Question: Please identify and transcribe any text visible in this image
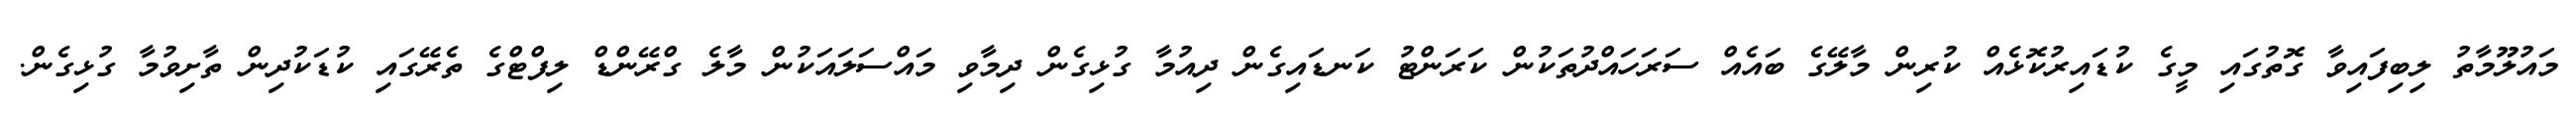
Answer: މައުލޫމާތު ލިބިފައިވާ ގޮތުގައި މީގެ ކުޑައިރުކޮޅެއް ކުރިން މާލޭގެ ބައެއް ސަރަހައްދުތަކުން ކަރަންޓު ކަނޑައިގެން ދިއުމާ ގުޅިގެން ދިމާވި މައްސަލައަކުން މާލެ ގްރޭންޑް ލިފްޓްގެ ތެރޭގައި ކުޑަކުދިން ތާށިވުމާ ގުޅިގެން.